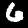
Digit: 6